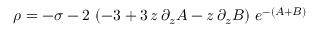
\rho = - \sigma - 2 \, \left( - 3 + 3 \, z \, \partial _ { z } A - z \, \partial _ { z } B \right) \, e ^ { - ( A + B ) }